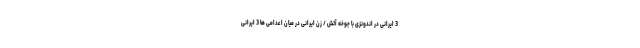
3 ایرانی در اندونزی با جوخه آتش / زن ایرانی در میان اعدامی ها 3 ایرانی